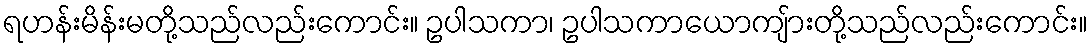
ရဟန်းမိန်းမတို့သည်လည်းကောင်း။ ဥပါသကာ၊ ဥပါသကာယောကျ်ားတို့သည်လည်းကောင်း။